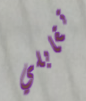
تقابلي